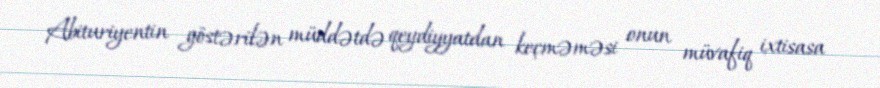
Abituriyentin göstərilən müddətdə qeydiyyatdan keçməməsi onun müvafiq ixtisasa